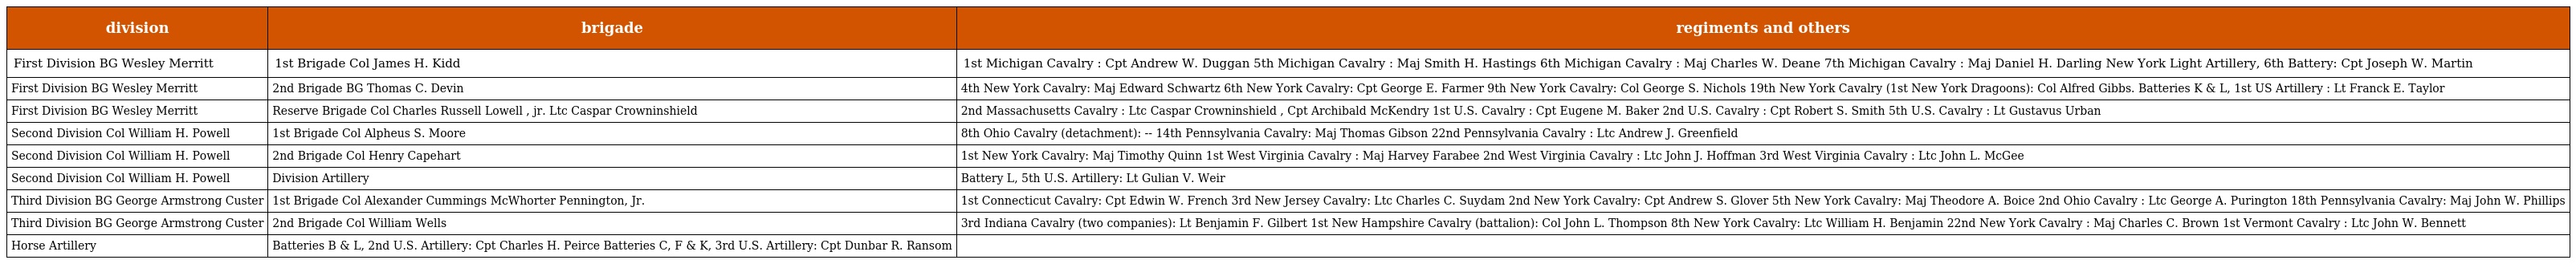
| division | brigade | regiments and others |
 | --- | --- | --- |
 | First Division BG Wesley Merritt | 1st Brigade Col James H. Kidd | 1st Michigan Cavalry : Cpt Andrew W. Duggan 5th Michigan Cavalry : Maj Smith H. Hastings 6th Michigan Cavalry : Maj Charles W. Deane 7th Michigan Cavalry : Maj Daniel H. Darling New York Light Artillery, 6th Battery: Cpt Joseph W. Martin |
 | First Division BG Wesley Merritt | 2nd Brigade BG Thomas C. Devin | 4th New York Cavalry: Maj Edward Schwartz 6th New York Cavalry: Cpt George E. Farmer 9th New York Cavalry: Col George S. Nichols 19th New York Cavalry (1st New York Dragoons): Col Alfred Gibbs. Batteries K & L, 1st US Artillery : Lt Franck E. Taylor |
 | First Division BG Wesley Merritt | Reserve Brigade Col Charles Russell Lowell , jr. Ltc Caspar Crowninshield | 2nd Massachusetts Cavalry : Ltc Caspar Crowninshield , Cpt Archibald McKendry 1st U.S. Cavalry : Cpt Eugene M. Baker 2nd U.S. Cavalry : Cpt Robert S. Smith 5th U.S. Cavalry : Lt Gustavus Urban |
 | Second Division Col William H. Powell | 1st Brigade Col Alpheus S. Moore | 8th Ohio Cavalry (detachment): -- 14th Pennsylvania Cavalry: Maj Thomas Gibson 22nd Pennsylvania Cavalry : Ltc Andrew J. Greenfield |
 | Second Division Col William H. Powell | 2nd Brigade Col Henry Capehart | 1st New York Cavalry: Maj Timothy Quinn 1st West Virginia Cavalry : Maj Harvey Farabee 2nd West Virginia Cavalry : Ltc John J. Hoffman 3rd West Virginia Cavalry : Ltc John L. McGee |
 | Second Division Col William H. Powell | Division Artillery | Battery L, 5th U.S. Artillery: Lt Gulian V. Weir |
 | Third Division BG George Armstrong Custer | 1st Brigade Col Alexander Cummings McWhorter Pennington, Jr. | 1st Connecticut Cavalry: Cpt Edwin W. French 3rd New Jersey Cavalry: Ltc Charles C. Suydam 2nd New York Cavalry: Cpt Andrew S. Glover 5th New York Cavalry: Maj Theodore A. Boice 2nd Ohio Cavalry : Ltc George A. Purington 18th Pennsylvania Cavalry: Maj John W. Phillips |
 | Third Division BG George Armstrong Custer | 2nd Brigade Col William Wells | 3rd Indiana Cavalry (two companies): Lt Benjamin F. Gilbert 1st New Hampshire Cavalry (battalion): Col John L. Thompson 8th New York Cavalry: Ltc William H. Benjamin 22nd New York Cavalry : Maj Charles C. Brown 1st Vermont Cavalry : Ltc John W. Bennett |
 | Horse Artillery | Batteries B & L, 2nd U.S. Artillery: Cpt Charles H. Peirce Batteries C, F & K, 3rd U.S. Artillery: Cpt Dunbar R. Ransom |  |